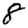
Digit: 8